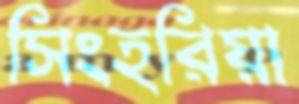
সিংহরিয়া